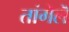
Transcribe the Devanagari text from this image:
तांगॆलॆ